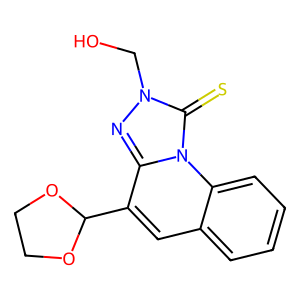
SMILES: OCn1nc2c(C3OCCO3)cc3ccccc3n2c1=S
Inhibits HIV replication: No